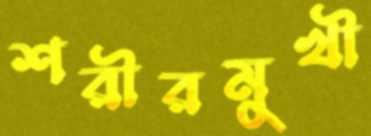
শরীরমুখী